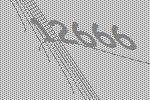
12666